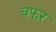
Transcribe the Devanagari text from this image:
वफर